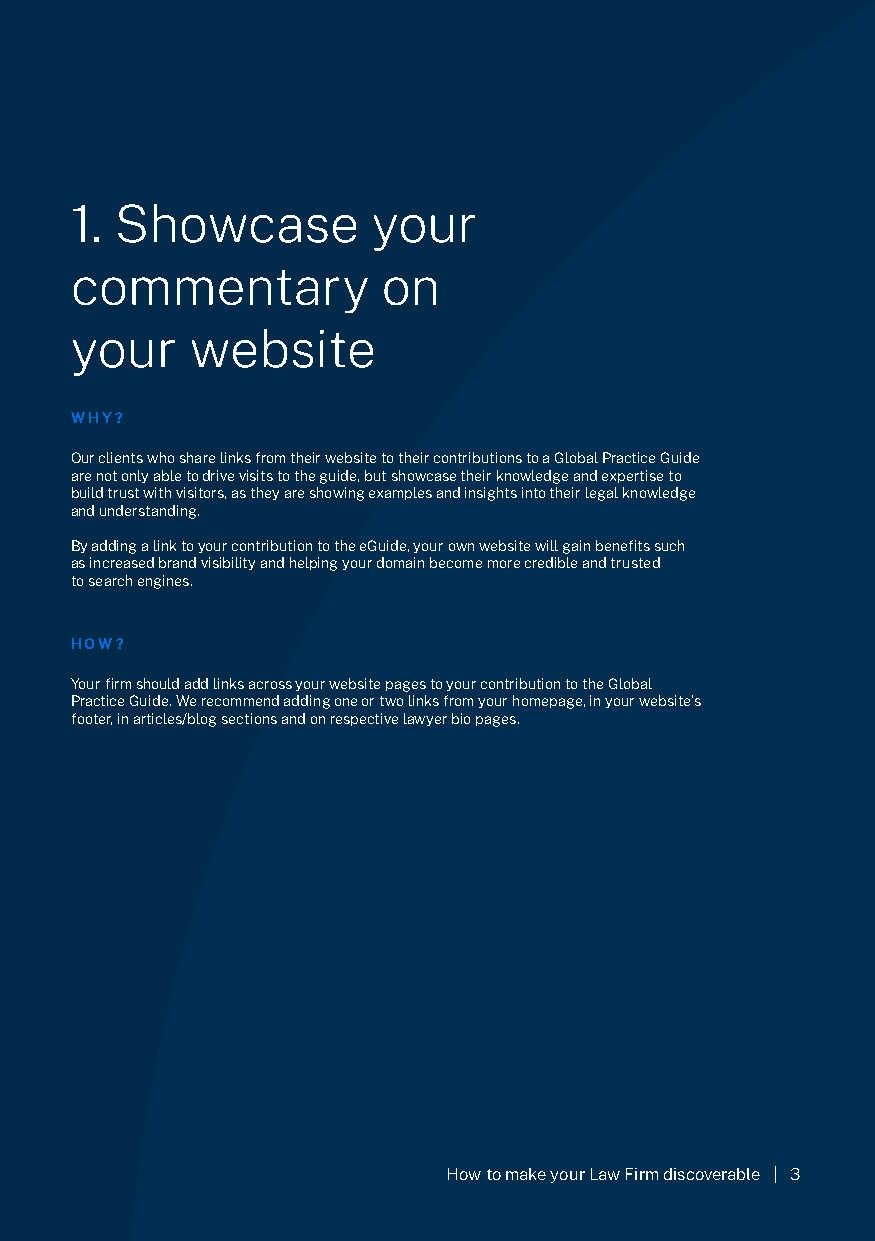
1. Showcase         your
 commentary          on
 your    website
 WHY?
 Our clients who share links from their website to their contributions to a Global Practice Guide
 are not only able to drive visits to the guide, but showcase their knowledge and expertise to
 build trust with visitors, as they are showing examples and insights into their legal knowledge
 and understanding.
 By adding a link to your contribution to the eGuide, your own website will gain benefits such
 as increased brand visibility and helping your domain become more credible and trusted
 to search engines.
 HOW?
 Your firm should add links across your website pages to your contribution to the Global
 Practice Guide. We recommend adding one or two links from your homepage, in your website’s
 footer, in articles/blog sections and on respective lawyer bio pages.
 HOW TO MAXIMISE THE DISCOVERABILITY OF YOUR COMMENTARY
 How to make your Law Firm discoverable | 3